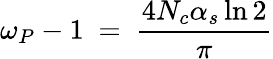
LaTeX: \omega_{P}-1\ =\ {\frac{4N_{c}\alpha_{s}\ln{2}}{\pi}}